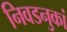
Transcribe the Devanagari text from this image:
निवडनुकां